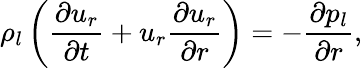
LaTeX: \rho_{l}\left(\frac{\partial u_{r}}{\partial t}+u_{r}\frac{\partial u_{r}}{\partial r}\right)=-\frac{\partial p_{l}}{\partial r},